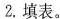
2.填表。